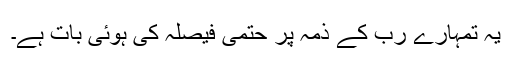
یہ تمہارے رب کے ذمہ پر حتمی فیصلہ کی ہوئی بات ہے۔